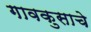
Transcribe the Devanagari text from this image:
गावकुसाचे